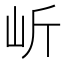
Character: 岓